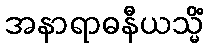
အနာရာဓနီယသ္မိံ